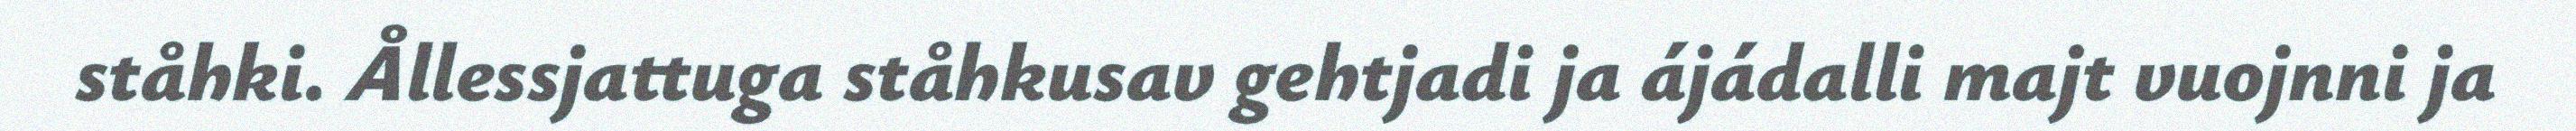
ståhki. Ållessjattuga ståhkusav gehtjadi ja ájádalli majt vuojnni ja